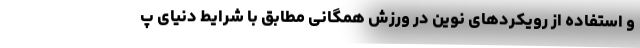
و استفاده از رویکردهای نوین در ورزش همگانی مطابق با شرایط دنیای پ